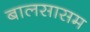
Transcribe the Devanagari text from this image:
बालसासम